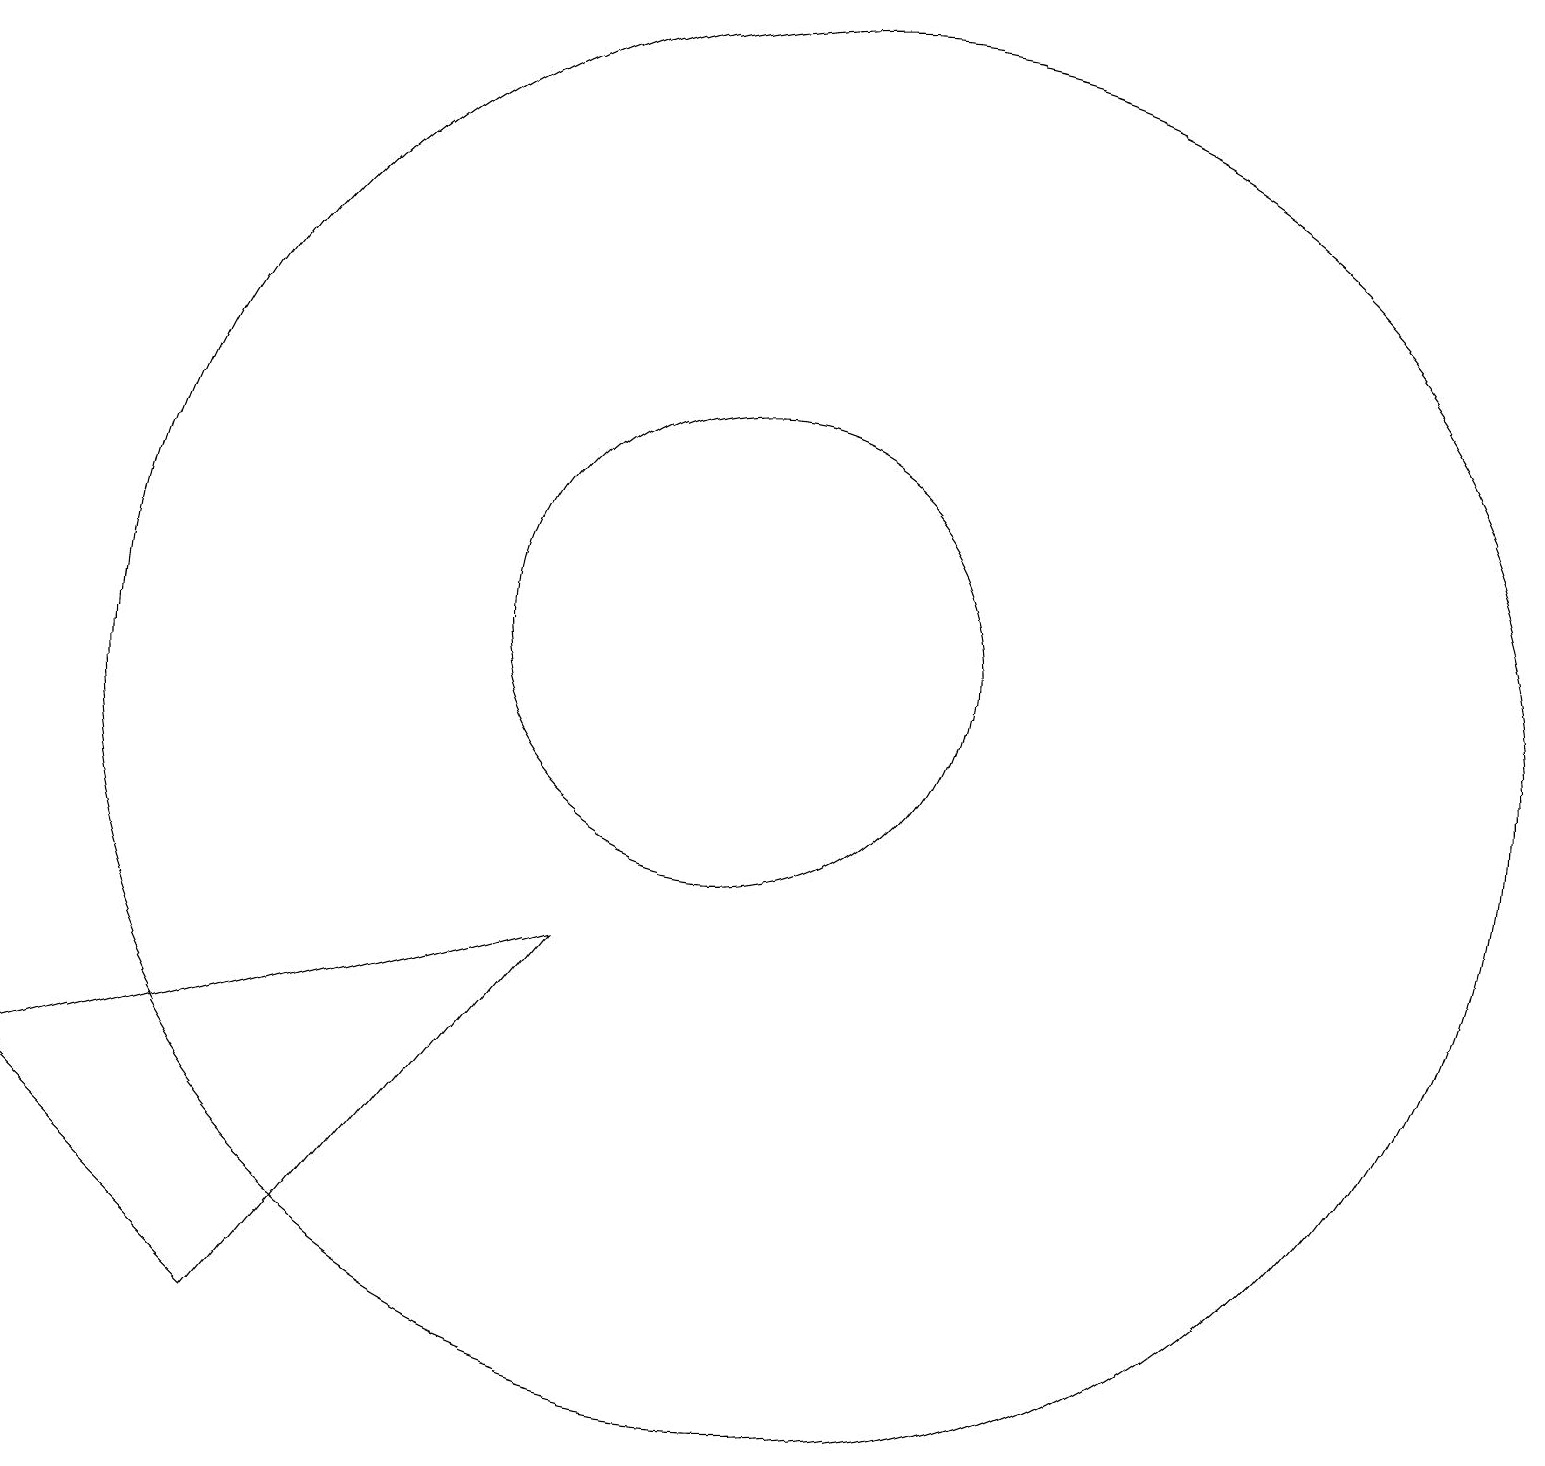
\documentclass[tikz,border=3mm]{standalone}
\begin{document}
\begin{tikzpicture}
\draw (11,11) circle (3);
\draw (12,10) circle (9);
\draw (5,2) -- (9,7) -- (2,5) -- cycle;
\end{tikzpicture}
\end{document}